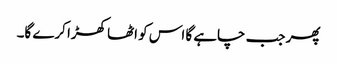
پھر جب چاہے گا اس کو اٹھا کھڑا کرے گا۔